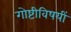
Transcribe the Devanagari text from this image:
गोष्टीविषयीं